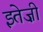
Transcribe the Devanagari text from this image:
इतेज़ी